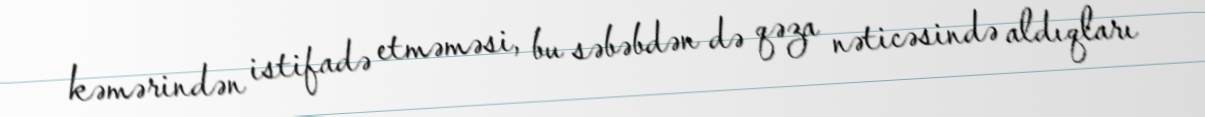
kəmərindən istifadə etməməsi, bu səbəbdən də qəza nəticəsində aldıqları